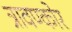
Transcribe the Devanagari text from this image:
त्रावण्कोर